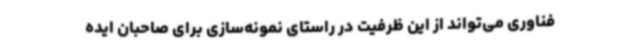
فناوری می‌تواند از این ظرفیت در راستای نمونه‌سازی برای صاحبان ایده